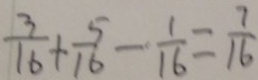
\frac { 3 } { 1 6 } + \frac { 5 } { 1 6 } - \frac { 1 } { 1 6 } = \frac { 7 } { 1 6 }